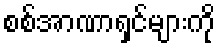
စစ်အာဏာရှင်များကို